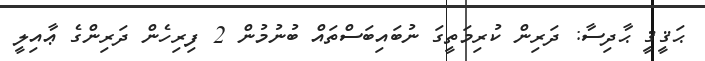
ޙަޤީޤީ ޙާދިސާ: ދަރިން ކުރިމަތީގަ ނުބައިބަސްތައް ބުނުމުން 2 ފިރިހެން ދަރިންގެ ޢާއިލީ